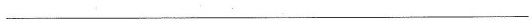
___